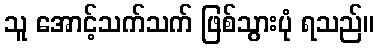
သူ အောင့်သက်သက် ဖြစ်သွားပုံ ရသည်။